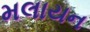
મલાયન